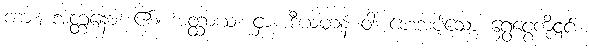
ကား။ အတ္တနော၊ ၏။ အတ္ထာယ၊ ငှာ။ ဒီယမာနံ ဝါ၊ ပေးအပ်သော ရွှေငွေကို၎င်း။